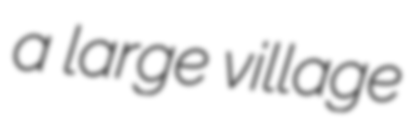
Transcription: a large village